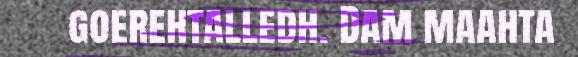
goerehtalledh. Dam maahta